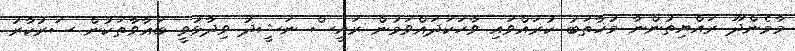
މާމެންދޫ ރައްޔިތުންނާ މުޚާތަބު ކުރައްވައި ވާހަކަދައްވަމުން ރައީސް ނަޝީދު ވިދާޅުވީ ބަޣާވާތަކުން ސަރުކާރު